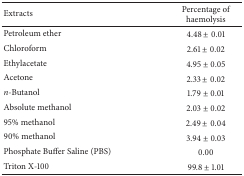
| Extracts | Percentage of haemolysis |
 | --- | --- |
 | Petroleum ether | 4.48 ± 0.01 |
 | Chloroform | 2.61 ± 0.02 |
 | Ethylacetate | 4.95 ± 0.05 |
 | Acetone | 2.33 ± 0.02 |
 | n-Butanol | 1.79 ± 0.01 |
 | Absolute methanol | 2.03 ± 0.02 |
 | 95% methanol | 2.49 ± 0.04 |
 | 90% methanol | 3.94 ± 0.03 |
 | Phosphate Buffer Saline (PBS) | 0.00 |
 | Triton X-100 | 99.8 ± 1.01 |